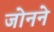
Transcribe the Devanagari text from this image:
जोनने